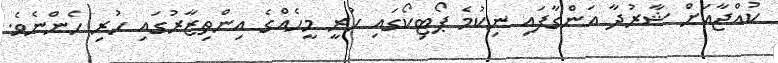
ކުއްޖާއަށް ޝާރުދާ އަންގާފައި ނިކުމެ ޕޯޓިކޯގައި ހުރީ މީހެއްގެ އިންތިޒާރުގައި ހުރި ހެންނެވެ.